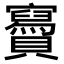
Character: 𧸹